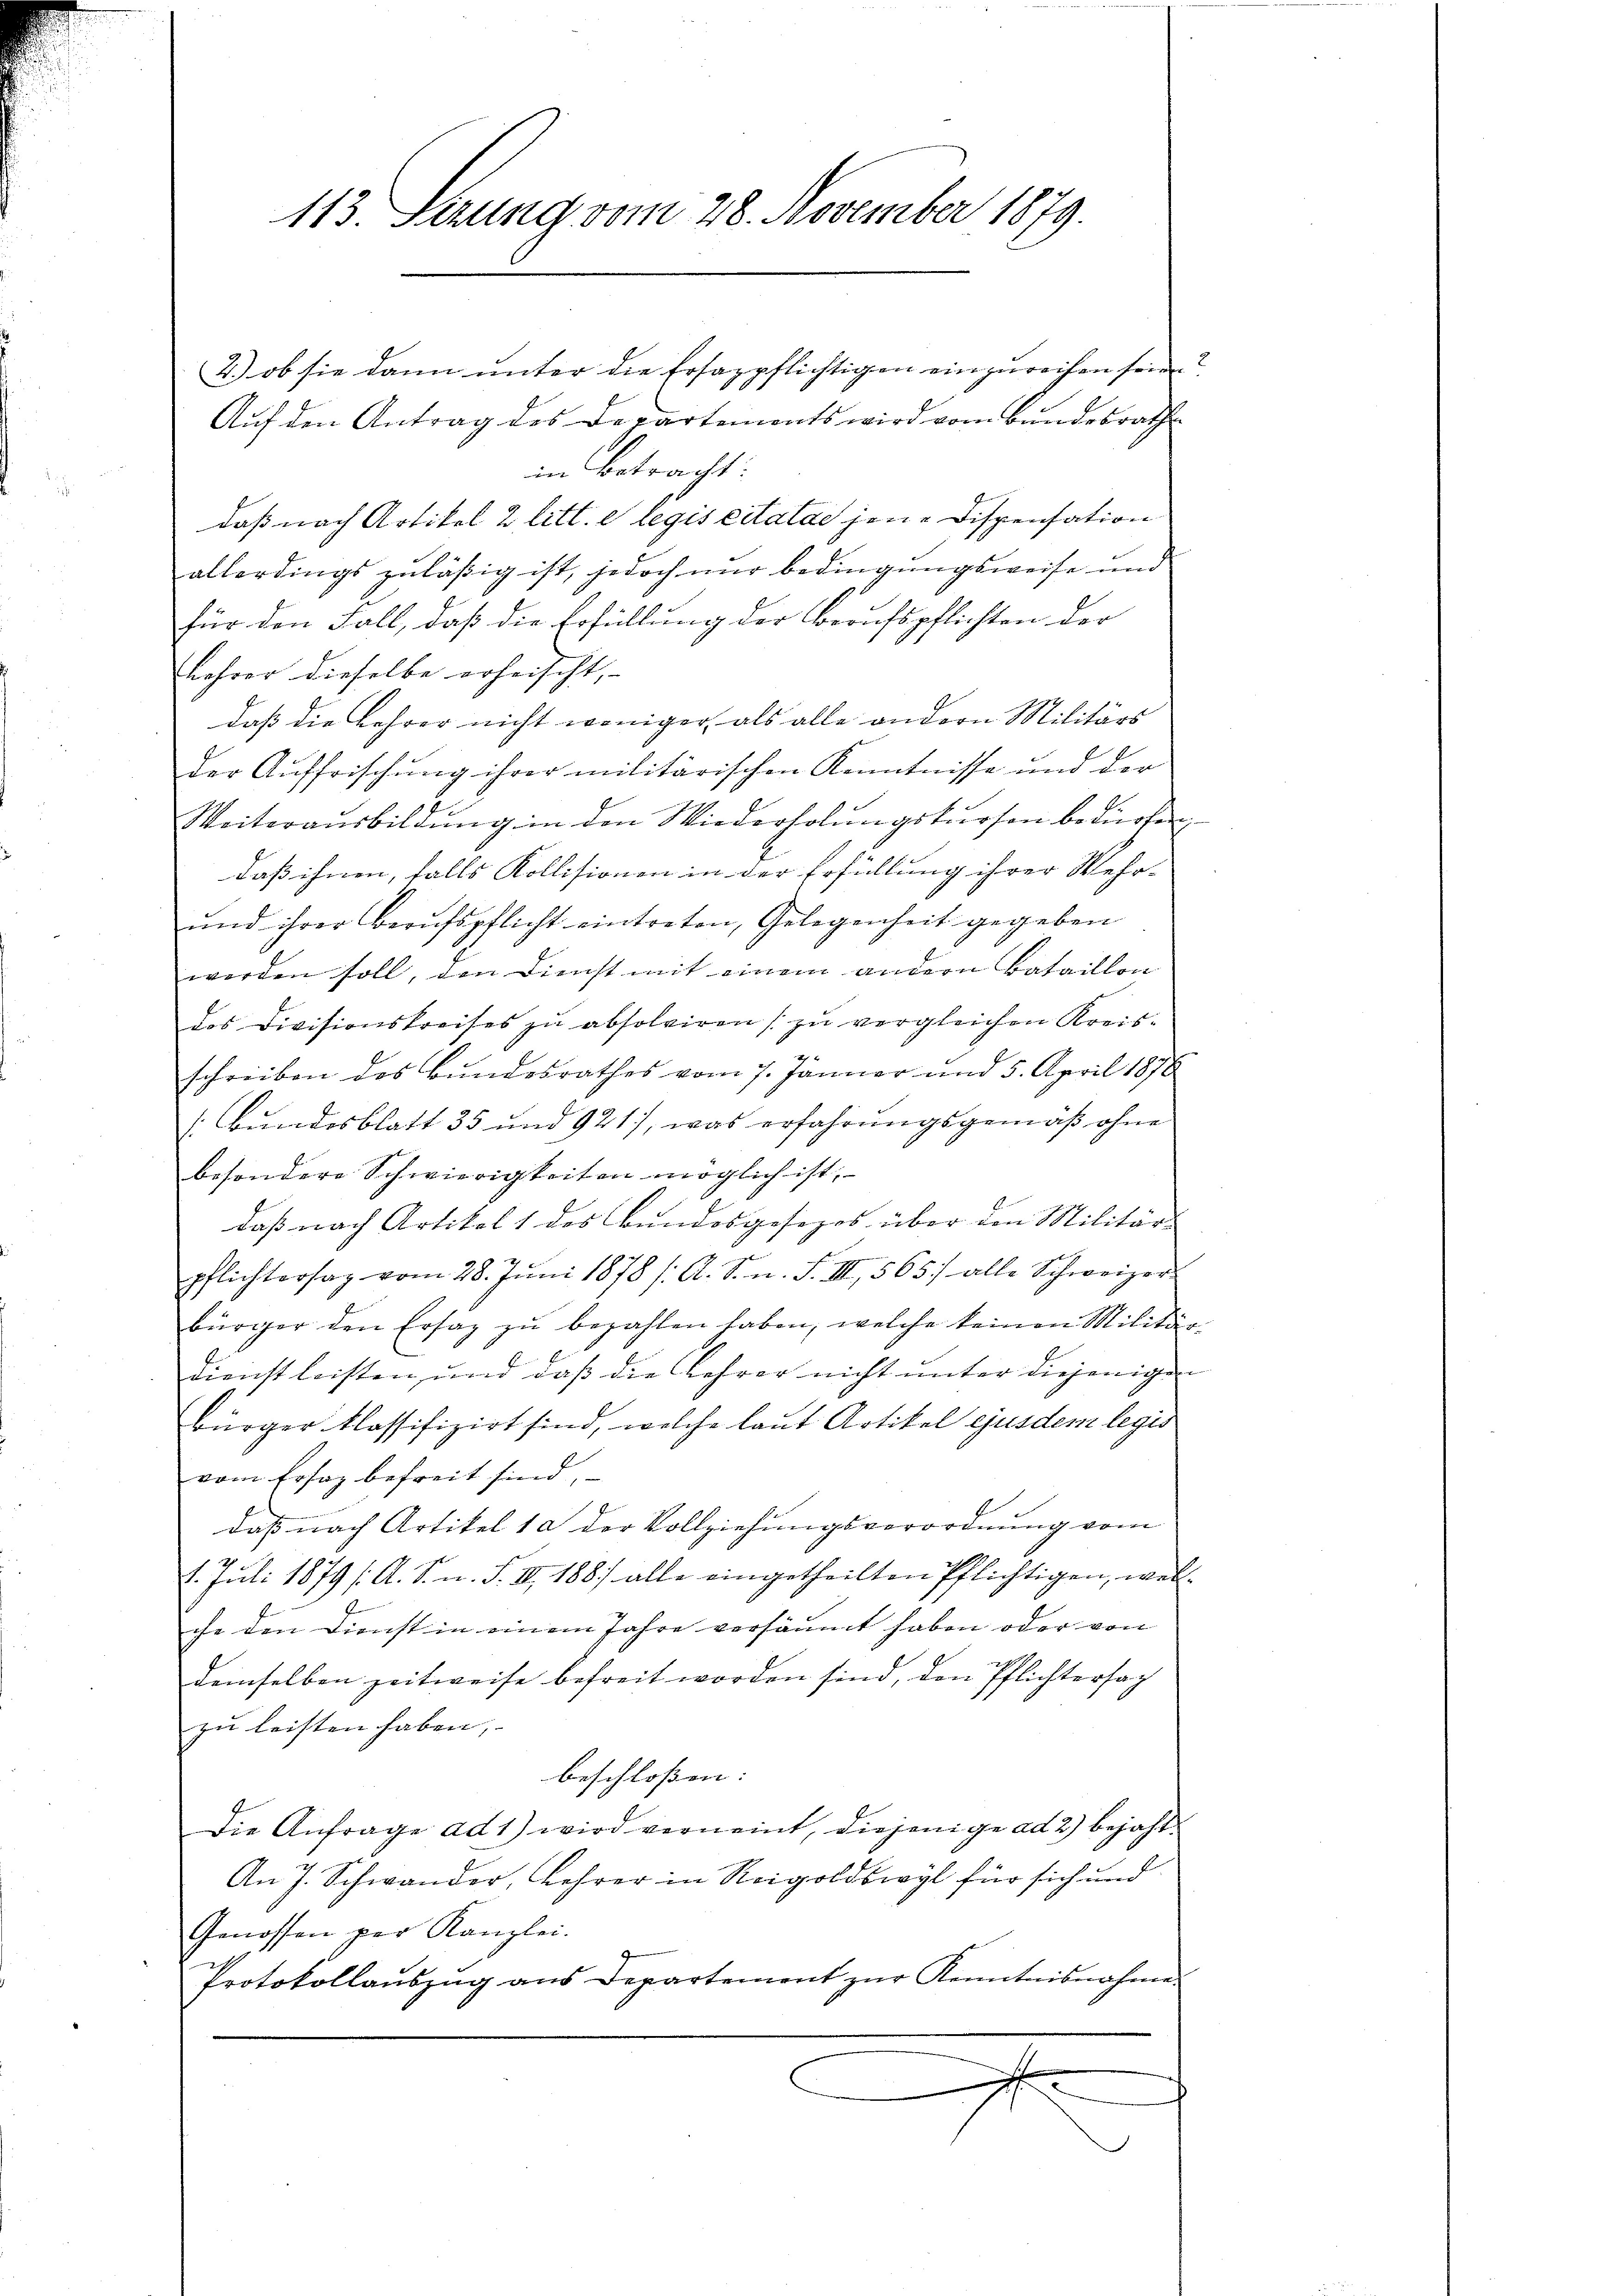
2.) ob sie dann unter die Ersazpflichtigen einzureihen sein
Auf den Antrag des Departements wird vom Bundesrathe
in Betracht:
daß nach Artikel 2 litt. e legis citatae jene Dispensation
allerdings zuläßig ist, jedoch nur bedingungsweise und
für den Fall, daß die Erfüllung der Berufspflichten der
Lehrer dieselbe erheischt,
daß die Lehrer nicht weniger, als alle andern Militärs
der Auffrischung ihrer militärischen Kenntnisse und der
Weiteraŭsbildŭng in den Wiederholŭngskursen bedürfen
daß ihnen, falls Kollisionen in der Erfüllung ihrer Wehr-
ŭnd ihrer Beaŭfspflicht eintreten, Gelegenheit gegeben
worden soll, den Dienst mit einem andern Bataillon
das Divisionskreises zŭ absolviren zŭ vergleichen Kreis-
schreiben des Bundesrathes vom 7. Jänner und 5. April 1876
/. Bundesblatt 35 und 921), was erfahrungsgemäß ohne
besondere Schwierigkeiten möglich ist,
daß nach Artikel 1 des Bŭndesgesezes über den Militärs
pflichtersag vom 28. Jŭni 1878 / A. S. n. F. III, 565) alle Schweizer-
bürger den Ersaz zŭ bezahlen haben, welche keinen Militär-
Dienst leisten, und daß die Lehrer nicht unter diejenigen
bürger klassifizirt sind, welche laut Artikel ejusdem legis
vom Ersatz befreit sind,
daß nach Artikel 10 der Vollziehungsverordnung vom
2
1. Juli 1879 /: A. S. n. F. II, 1887 alle eingetheilten Pflichtigen, wel-
che den Dienst in einem Jahre versäumt haben oder von
demselben zeitweise befreit worden sind, den Pflichtersag
zu leisten haben,
beschloßen:
Die Anfrage ad 1) wird verneint, diejenige ad 2) bejaht.
An J. Schwander, Lehrer in Rigoldswyl für sich und
Genossen per Kanzlei.
Protokollaŭszŭg ans Departement zŭr Kenntnisnahme
x

113. Serung vom 28. November 1879.